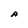
Character: A